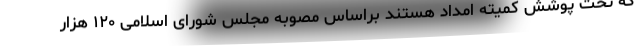
که تحت پوشش کمیته امداد هستند براساس مصوبه مجلس شورای اسلامی ۱۲۰ هزار